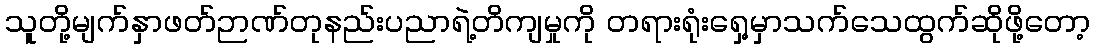
သူတို့မျက်နှာဖတ်ဉာဏ်တုနည်းပညာရဲ့တိကျမှုကို တရားရုံးရှေ့မှာသက်သေထွက်ဆိုဖို့တော့